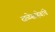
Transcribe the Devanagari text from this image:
खळेसाहेबांचे